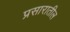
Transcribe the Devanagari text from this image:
प्रसारातील